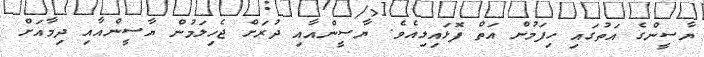
ޔާސީންގެ އަތުގައި ހިފަމުން އަތް ފޮޅައިލިއެވެ. ޔާސީންއާއި ދުރަށް ޖެހިލަމުން ޔާސީންއާއި ދިމާއަށް